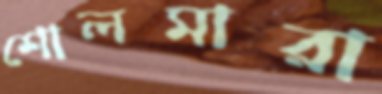
শোলমারা